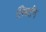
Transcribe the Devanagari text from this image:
लिबर्टन